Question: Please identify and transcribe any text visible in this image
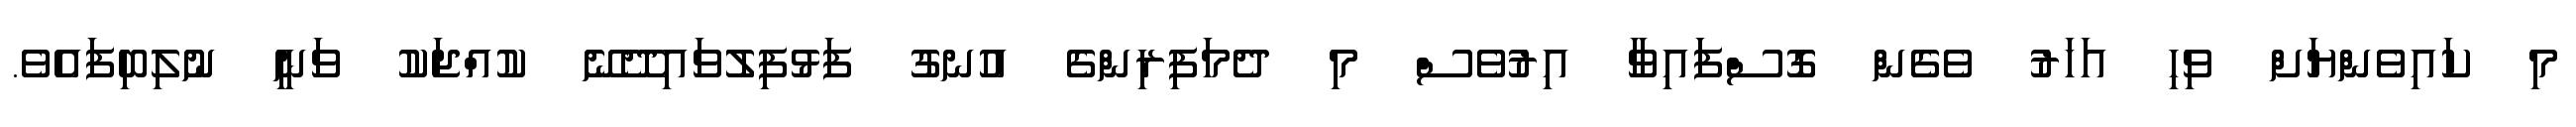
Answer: މި ކައިވެންޔަށް ވިހި އަހަރު ވެގެން ގޮސްފައިވާ އިރުވެސް މި ދެމަފިރިންގެ އުނގު ފަޅުފިލުވައިދޭނޭ ކުއްޖަކު ވަނީ ނުލިބިފައެވެ.